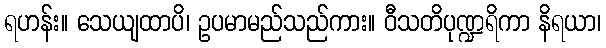
ရဟန်း။ သေယျထာပိ၊ ဥပမာမည်သည်ကား။ ဝီသတိပုဏ္ဍရိကာ နိရယာ၊